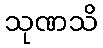
သုဏသိ